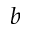
b